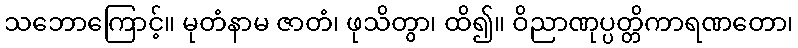
သဘောကြောင့်။ မုတံနာမ ဇာတံ၊ ဖုသိတွာ၊ ထိ၍။ ဝိညာဏုပ္ပတ္တိကာရဏတော၊